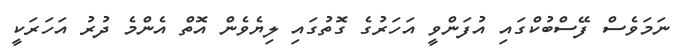
ނަމަވެސް ފޭސްބުކްގައި އުފަންވީ އަހަރުގެ ގޮތުގައި ލިޔެވެން އޮތް އެންމެ ދުރު އަހަރަކީ